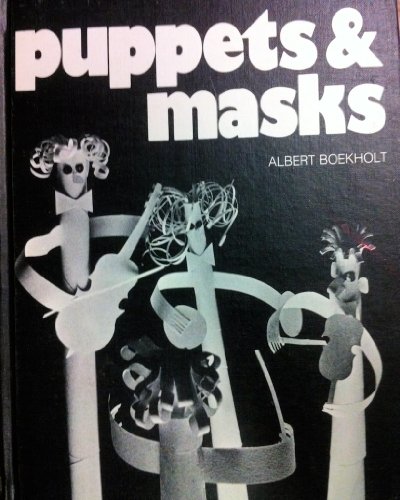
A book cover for Puppets and Masks; Albert Boekholt; Crafts, Hobbies & Home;